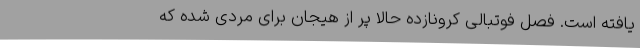
یافته است. فصل فوتبالی کرونازده حالا پر از هیجان برای مردی شده که